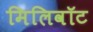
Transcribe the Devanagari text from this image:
मिलिवॉट